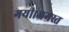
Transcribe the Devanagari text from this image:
गयी।अगस्त